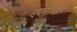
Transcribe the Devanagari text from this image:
एसीके